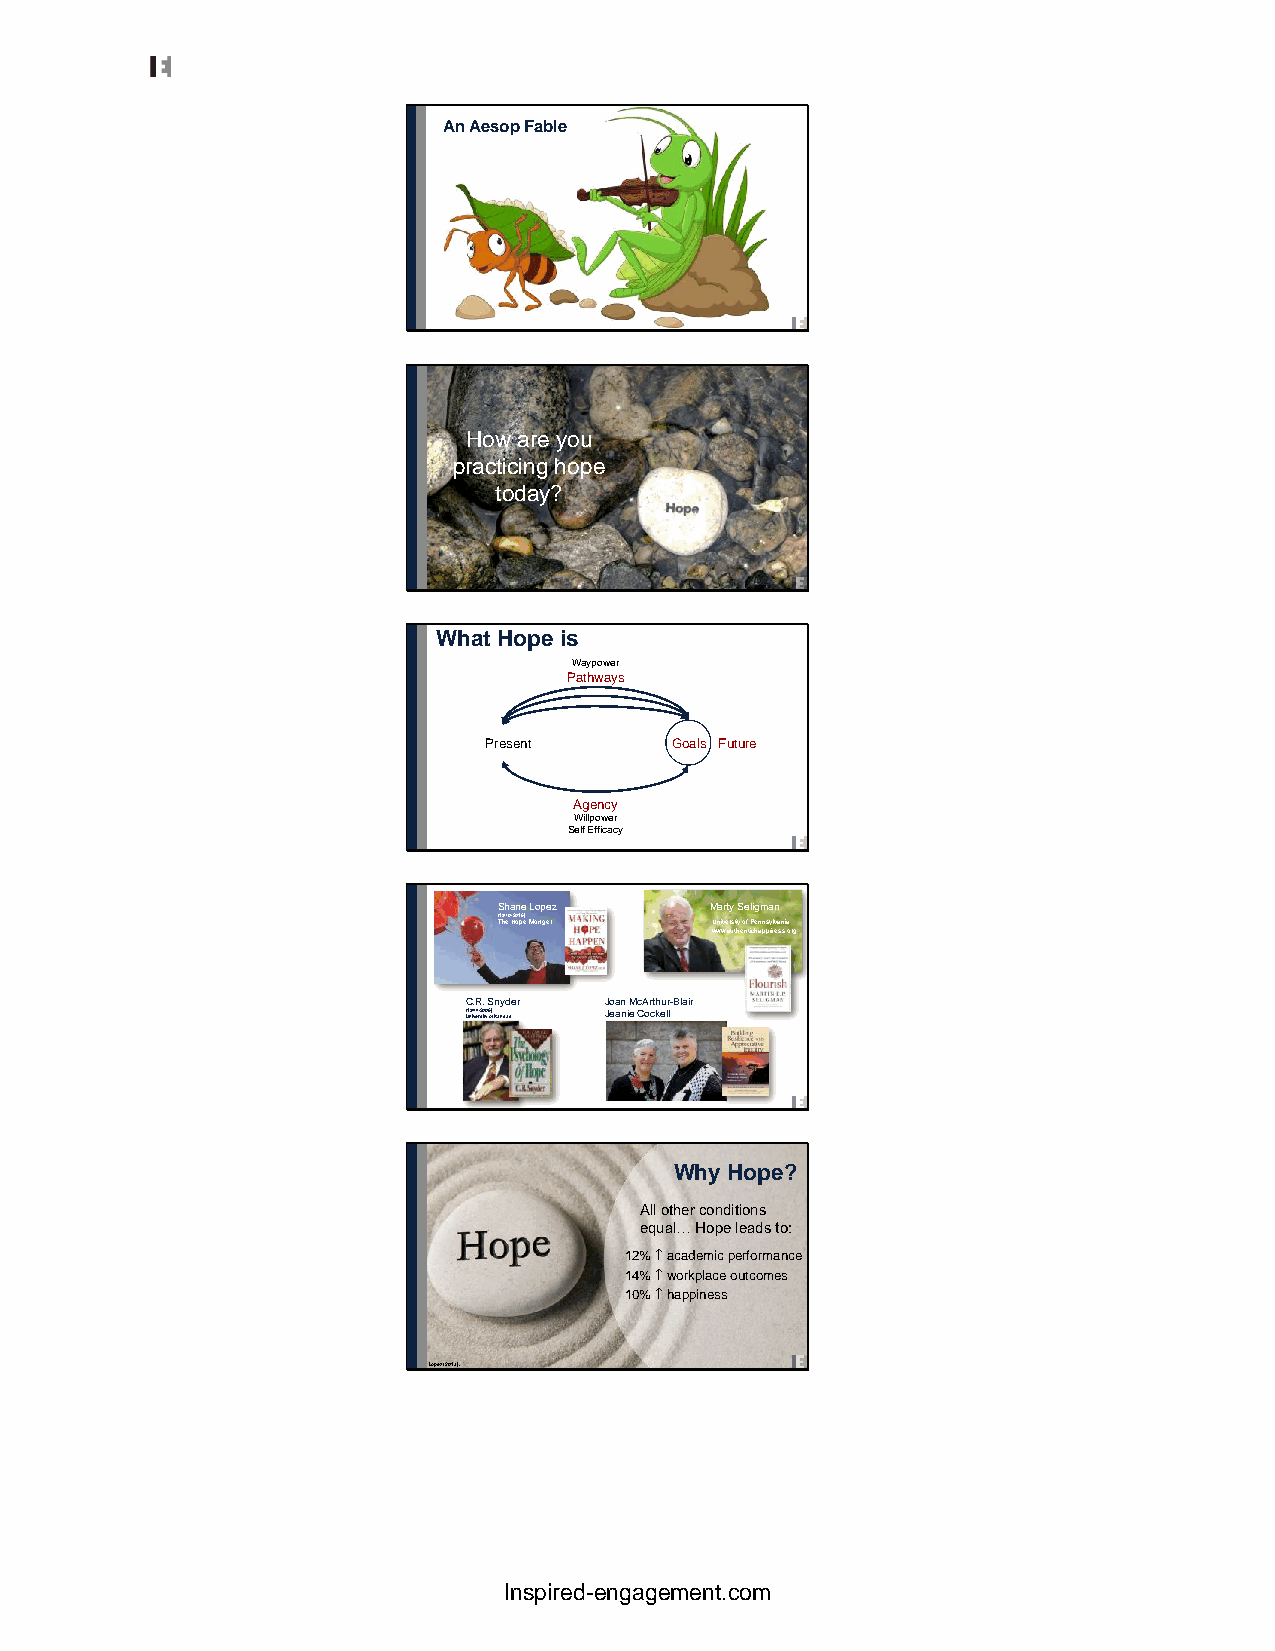
An Aesop Fable
 How are you
 practicing hope
 today?
 What Hope is
 Waypower
 Pathways
 Present     Goals Future
 Agency
 Willpower
 Self Efficacy
 Shane Lopez   Marty Seligman
 (T1h97e0 -H20o1p6e) Monger University of Pennsylvania
 www.authentichappiness.org
 C.R. Snyder Joan McArthur-Blair
 (U1n9i4v4er-s2i0ty0 6o)f Kansas Jeanie Cockell
 Why Hope?
 All other conditions
 equal… Hope leads to:
 12% academic performance
 14% workplace outcomes
 10% happiness
 Lopez (2013).
 Inspired-engagement.com